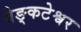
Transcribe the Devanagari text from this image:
वेङ्कटेश्वर